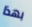
بهذا